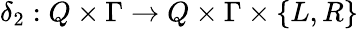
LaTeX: \delta_{2}:Q\times\Gamma\to Q\times\Gamma\times\{ L,R\}